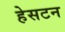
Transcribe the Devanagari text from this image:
हेसटन